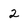
Character: 2